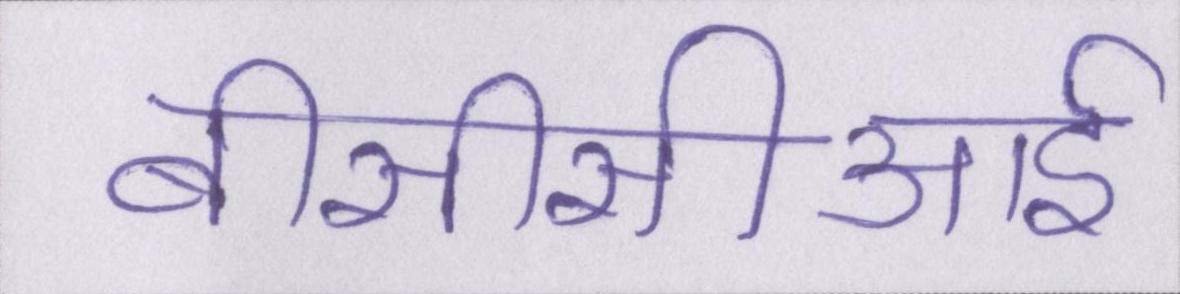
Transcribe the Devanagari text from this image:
बीसीसीआई